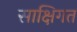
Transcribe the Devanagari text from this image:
साक्षिगत